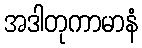
အဒါတုကာမာနံ